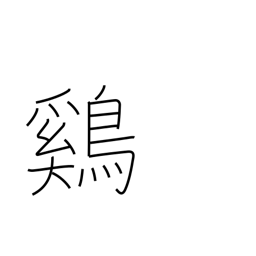
Meaning: chicken